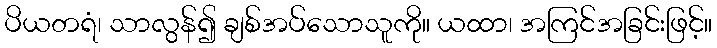
ပိယတရံ၊ သာလွန်၍ ချစ်အပ်သောသူကို။ ယထာ၊ အကြင်အခြင်းဖြင့်။